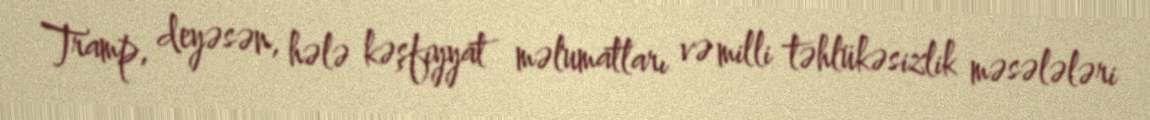
Tramp, deyəsən, hələ kəşfiyyat məlumatları və milli təhlükəsizlik məsələləri